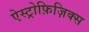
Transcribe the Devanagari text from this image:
ऐस्ट्रोफ़िज़िक्स